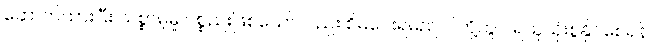
ဆောက်ထားပြီး သစ္စာမဲ့မှု ပစ္စည်းဖြစ်သော်လည်း စိမ်ပေးရမည် ငါတို့တွင် ရယူသုံးစွဲနိုင်စေရန်